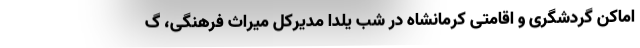
اماکن گردشگری و اقامتی کرمانشاه در شب یلدا مدیرکل میراث فرهنگی، گ